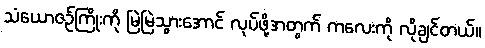
သံယောဇဉ်ကြိုးကို မြဲမြဲသွားအောင် လုပ်ဖို့အတွက် ကလေးကို လိုချင်တယ်။